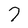
Character: 7